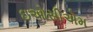
ઇઓસીએમ